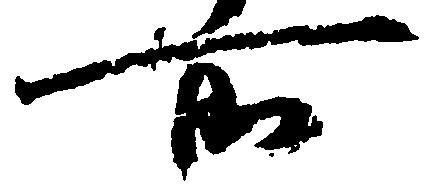
所